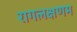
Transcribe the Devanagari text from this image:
रागलक्षणम